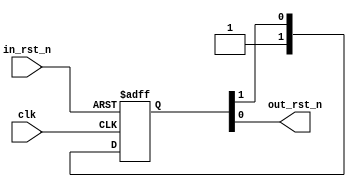
//------------------------------------------------------------------------------
//
// Copyright 2011, Benjamin Gelb. All Rights Reserved.
// See LICENSE file for copying permission.
//
//------------------------------------------------------------------------------
//
//
// Brief Description:
//   Basic reset synchronizer, w/ async assert and sync de-assert. 
//
//---- Detailed Description ----------------------------------------------------
//
//  See:
//
//  C. Cummings, D. Mills, and S. Golson, Asynchronous & synchronous reset 
//   design techniques - Part deux,  Synopsys User Group (SNUG), User papers,
//   Boston, USA, Sept. 2003.
//
//------------------------------------------------------------------------------

`ifndef _ZL_RESET_SYNC_V_
`define _ZL_RESET_SYNC_V_

module zl_reset_sync
(
    input  clk,
    input  in_rst_n,
    output out_rst_n
);

reg [1:0] ff;

always @(posedge clk or negedge in_rst_n) begin
    if(!in_rst_n) begin
        ff[1] <= 1'b0;
        ff[0] <= 1'b0;
    end
    else begin
        ff[1] <= 1'b1;
        ff[0] <= ff[1];
    end
end

assign out_rst_n = ff[0];

endmodule // zl_reset_sync

`endif // _ZL_RESET_SYNC_V_